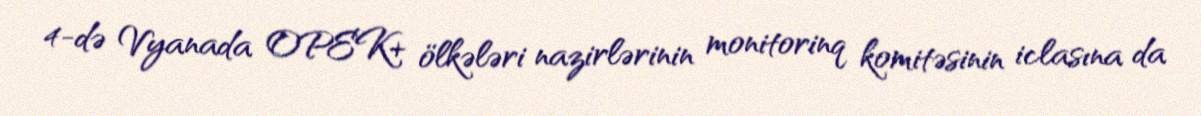
4-də Vyanada OPEK+ ölkələri nazirlərinin monitorinq komitəsinin iclasına da